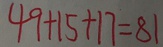
4 9 + 1 5 + 1 7 = 8 1